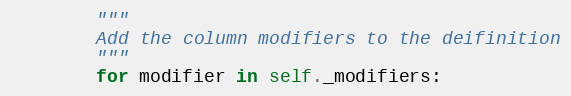
Language: Python
        """
        Add the column modifiers to the deifinition
        """
        for modifier in self._modifiers: